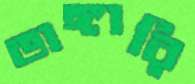
ভাঙ্গারি